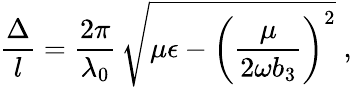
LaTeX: \frac{\Delta}{l}=\frac{2\pi}{\lambda_{0}}\, \sqrt{\mu\epsilon-\left(\frac{\mu}{2\omega b_{3}}\right)^{2}}\; ,